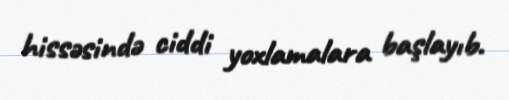
hissəsində ciddi yoxlamalara başlayıb.